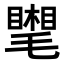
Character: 𣰧